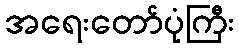
အရေးတော်ပုံကြီး